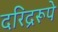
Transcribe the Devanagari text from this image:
दरिद्ररूपे